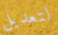
لتعديل